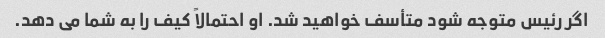
اگر رئیس متوجه شود متأسف خواهید شد. او احتمالاً کیف را به شما می دهد.